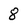
Character: 8